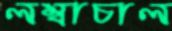
লম্বাচাল